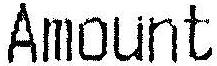
AMOUNT